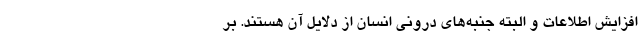
افزایش اطلاعات و البته جنبه‌های درونی انسان از دلایل آن هستند. بر